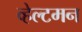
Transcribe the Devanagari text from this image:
व्हेल्टमन